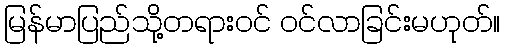
မြန်မာပြည်သို့တရားဝင် ဝင်လာခြင်းမဟုတ်။